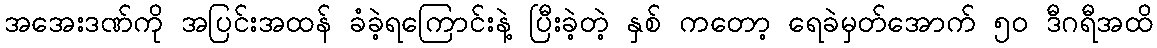
အအေးဒဏ်ကို အပြင်းအထန် ခံခဲ့ရကြောင်းနဲ့ ပြီးခဲ့တဲ့ နှစ် ကတော့ ရေခဲမှတ်အောက် ၅၀ ဒီဂရီအထိ